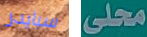
سبايدر محلى